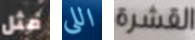
مثل اللى القشرة